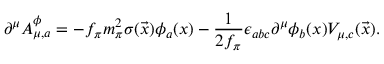
\partial ^ { \mu } A _ { \mu , a } ^ { \phi } = - f _ { \pi } m _ { \pi } ^ { 2 } \sigma ( \vec { x } ) \phi _ { a } ( x ) - \frac { 1 } { 2 f _ { \pi } } \epsilon _ { a b c } \partial ^ { \mu } \phi _ { b } ( x ) V _ { \mu , c } ( \vec { x } ) .